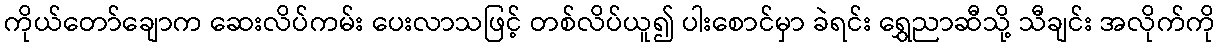
ကိုယ်တော်ချောက ဆေးလိပ်ကမ်း ပေးလာသဖြင့် တစ်လိပ်ယူ၍ ပါးစောင်မှာ ခဲရင်း ရွှေညာဆီသို့ သီချင်း အလိုက်ကို